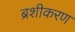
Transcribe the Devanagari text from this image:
ब्रशीकरण